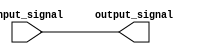
module transmission_gate_delay(
    input wire input_signal,
    output reg output_signal
);

reg delay1, delay2, delay3, delay4;

assign #1 delay1 = input_signal;
assign #1 delay2 = delay1;
assign #1 delay3 = delay2;
assign #1 delay4 = delay3;

assign output_signal = delay4;

endmodule